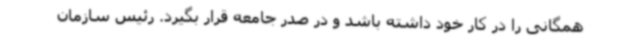
همگانی را در کار خود داشته باشد و در صدر جامعه قرار بگیرد. رئیس سازمان